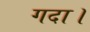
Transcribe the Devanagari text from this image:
गदा।